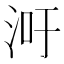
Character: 𬇢